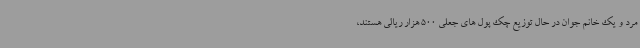
مرد و یک خانم جوان در حال توزیع چک پول های جعلی 500 هزار ریالی هستند،